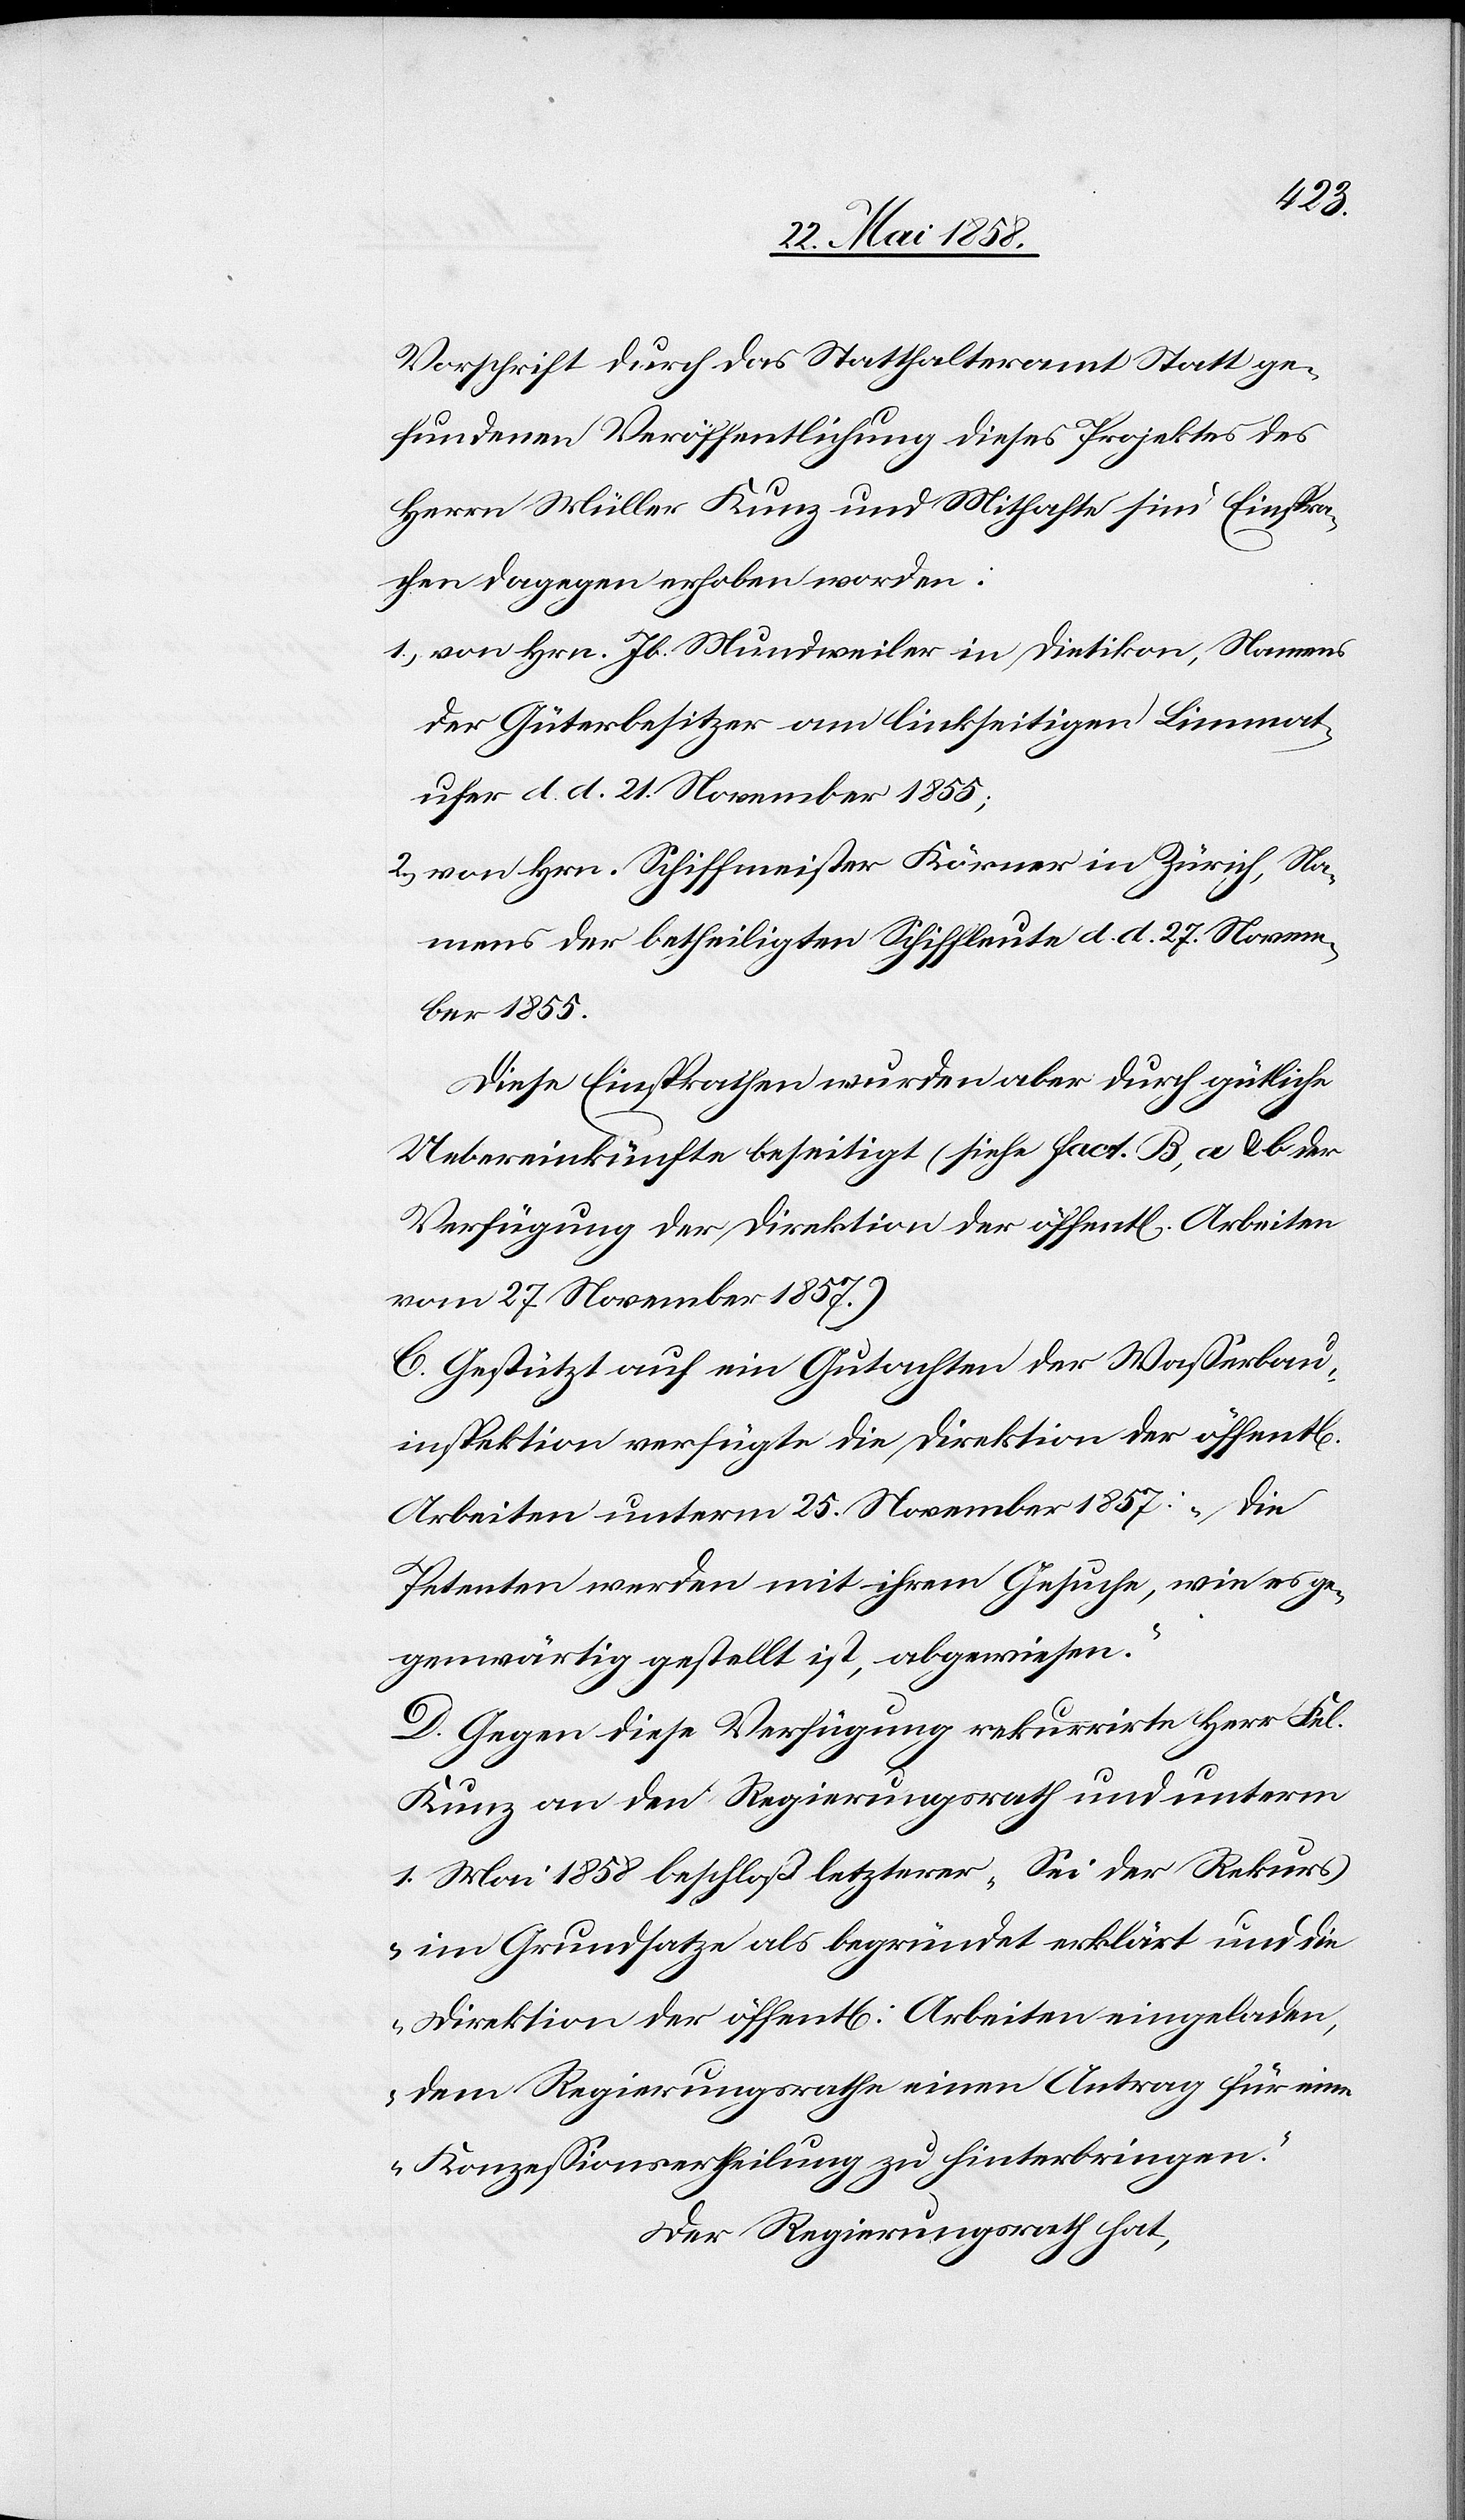
hen]
Vorschrift durch das Statthalteramt Statt ge¬
fundenen Veröffentlichung dieses Projektes des
Herrn Müller Kunz und Mithafte sind Einspra¬
chen dagegen erhoben worden:
1) von Hrn. Jb. Mundweiler in Dietikon, Namens
der Güterbesitzer am linkseitigen Limmat¬
ufer d. d. 21. November 1855;
2) von Hrn. Schiffmeister Körner in Zürich, Na¬
mens der betheiligten Schiffleute d. d. 27. Novem¬
ber 1855.
Diese Einsprachen wurden aber durch gütliche
Uebereinkunft beseitigt (siehe fact, B, a u. b der
Verfügung der Direktion der öffent[lichen] Arbeiten
vom 27. November 1857.)
C. Gestützt auf ein Gutachten der Wasserbau¬
inspektion verfügte die Direktion der öffent[lic¬
Arbeiten unterm 25. November 1857: „Die
Petenten werden mit ihrem Gesuche, wie es ge¬
genwärtig gestellt ist, abgewiesen.“
D. Gegen diese Verfügung rekurrirte Herr Fel.
Kunz an den Regierungsrath und unterm
1. Mai 1858 beschloß letzterer „Sei der Rekurs
im Grundsatze als begründet erklärt und die
Direktion der öffent[lichen] Arbeiten eingeladen,
dem Regierungsrathe einen Antrag für eine
Konzessionsertheilung zu hinterbringen.“
Der Regierungsrath hat,